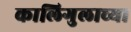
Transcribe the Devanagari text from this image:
कालिगुलाच्या